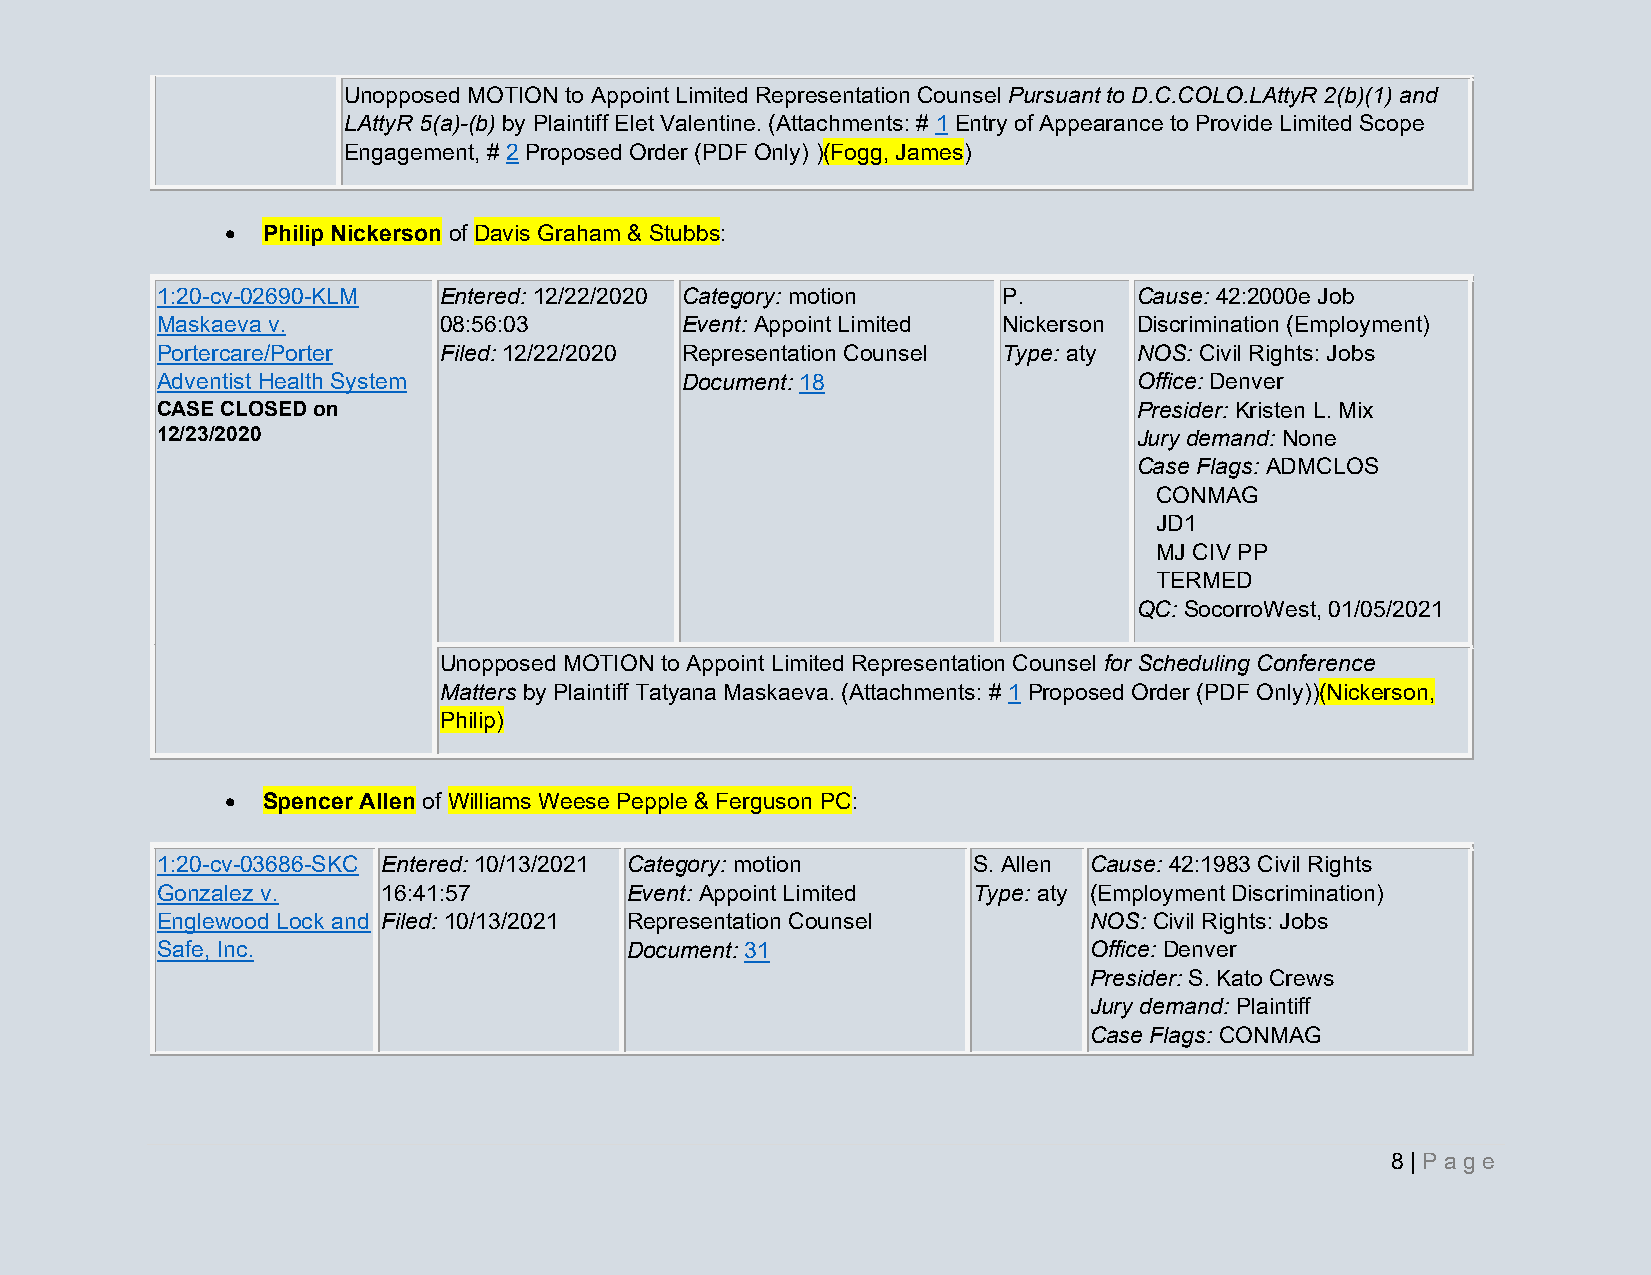
Unopposed MOTION to Appoint Limited Representation Counsel Pursuant to D.C.COLO.LAttyR 2(b)(1) and
 LAttyR 5(a)-(b) by Plaintiff Elet Valentine. (Attachments: # 1 Entry of Appearance to Provide Limited Scope
 Engagement, # 2 Proposed Order (PDF Only) )(Fogg, James)
 • Philip Nickerson of Davis Graham & Stubbs:
 1:20-cv-02690-KLM  Entered: 12/22/2020 Category: motion P.       Cause: 42:2000e Job
 Maskaeva v.        08:56:03        Event: Appoint Limited Nickerson Discrimination (Employment)
 Portercare/Porter  Filed: 12/22/2020 Representation Counsel Type: aty NOS: Civil Rights: Jobs
 Adventist Health System            Document: 18                  Office: Denver
 CASE CLOSED on                                                   Presider: Kristen L. Mix
 12/23/2020                                                       Jury demand: None
 Case Flags: ADMCLOS
 CONMAG
 JD1
 MJ CIV PP
 TERMED
 QC: SocorroWest, 01/05/2021
 Unopposed MOTION to Appoint Limited Representation Counsel for Scheduling Conference
 Matters by Plaintiff Tatyana Maskaeva. (Attachments: # 1 Proposed Order (PDF Only))(Nickerson,
 Philip)
 • Spencer Allen of Williams Weese Pepple & Ferguson PC:
 1:20-cv-03686-SKC Entered: 10/13/2021 Category: motion S. Allen Cause: 42:1983 Civil Rights
 Gonzalez v.    16:41:57        Event: Appoint Limited Type: aty (Employment Discrimination)
 Englewood Lock and Filed: 10/13/2021 Representation Counsel   NOS: Civil Rights: Jobs
 Safe, Inc.                     Document: 31                   Office: Denver
 Presider: S. Kato Crews
 Jury demand: Plaintiff
 Case Flags: CONMAG
 8 | Pa g e